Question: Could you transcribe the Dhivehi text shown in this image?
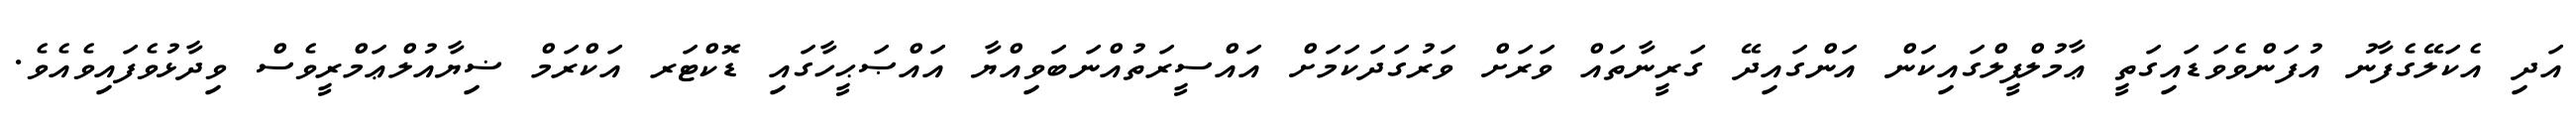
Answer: އަދި އެކަލޭގެފާނު އުފަންވެވަޑައިގަތީ ޢާމުލްފީލްގައިކަން އަންގައިދޭ ގަރީނާތައް ވަރަށް ވަރުގަދަކަމަށް އައްސީރަތުއްނަބަވިއްޔާ އައްޞަޙީހާގައި ޑޮކްޓަރ އަކްރަމް ޟިޔާއުލްޢަމްރީވެސް ވިދާޅުވެފައިވެއެވެ.